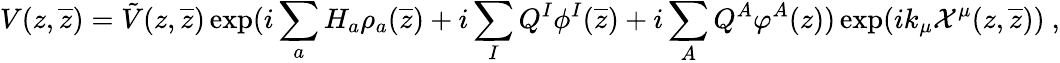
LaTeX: V(z,{\overline{{z}}})={\tilde{V}}(z,{\overline{{z}}})\exp(i\sum_{a}H_{a}\rho_{a}({\overline{{z}}})+i\sum_{I}Q^{I}\phi^{I}({\overline{{z}}})+i\sum_{A}Q^{A}\varphi^{A}(z))\exp(ik_{\mu}{\cal X}^{\mu}(z,{\overline{{z}}}))~,